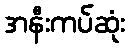
အနီးကပ်ဆုံး